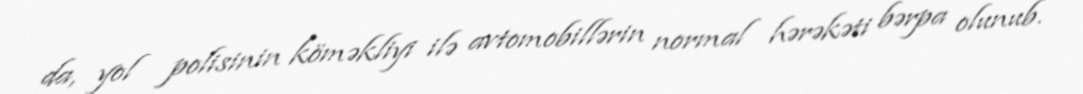
da, yol polisinin köməkliyi ilə avtomobillərin normal hərəkəti bərpa olunub.